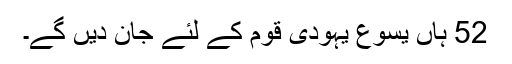
52 ہاں یسوع یہودی قوم کے لئے جان دیں گے۔